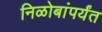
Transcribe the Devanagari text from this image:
निळोबांपर्यंत